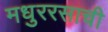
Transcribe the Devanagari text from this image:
मधुररसाची